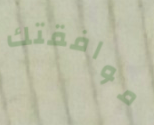
موافقتك